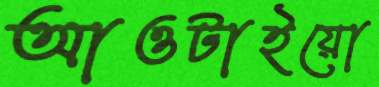
আওটাইয়ো